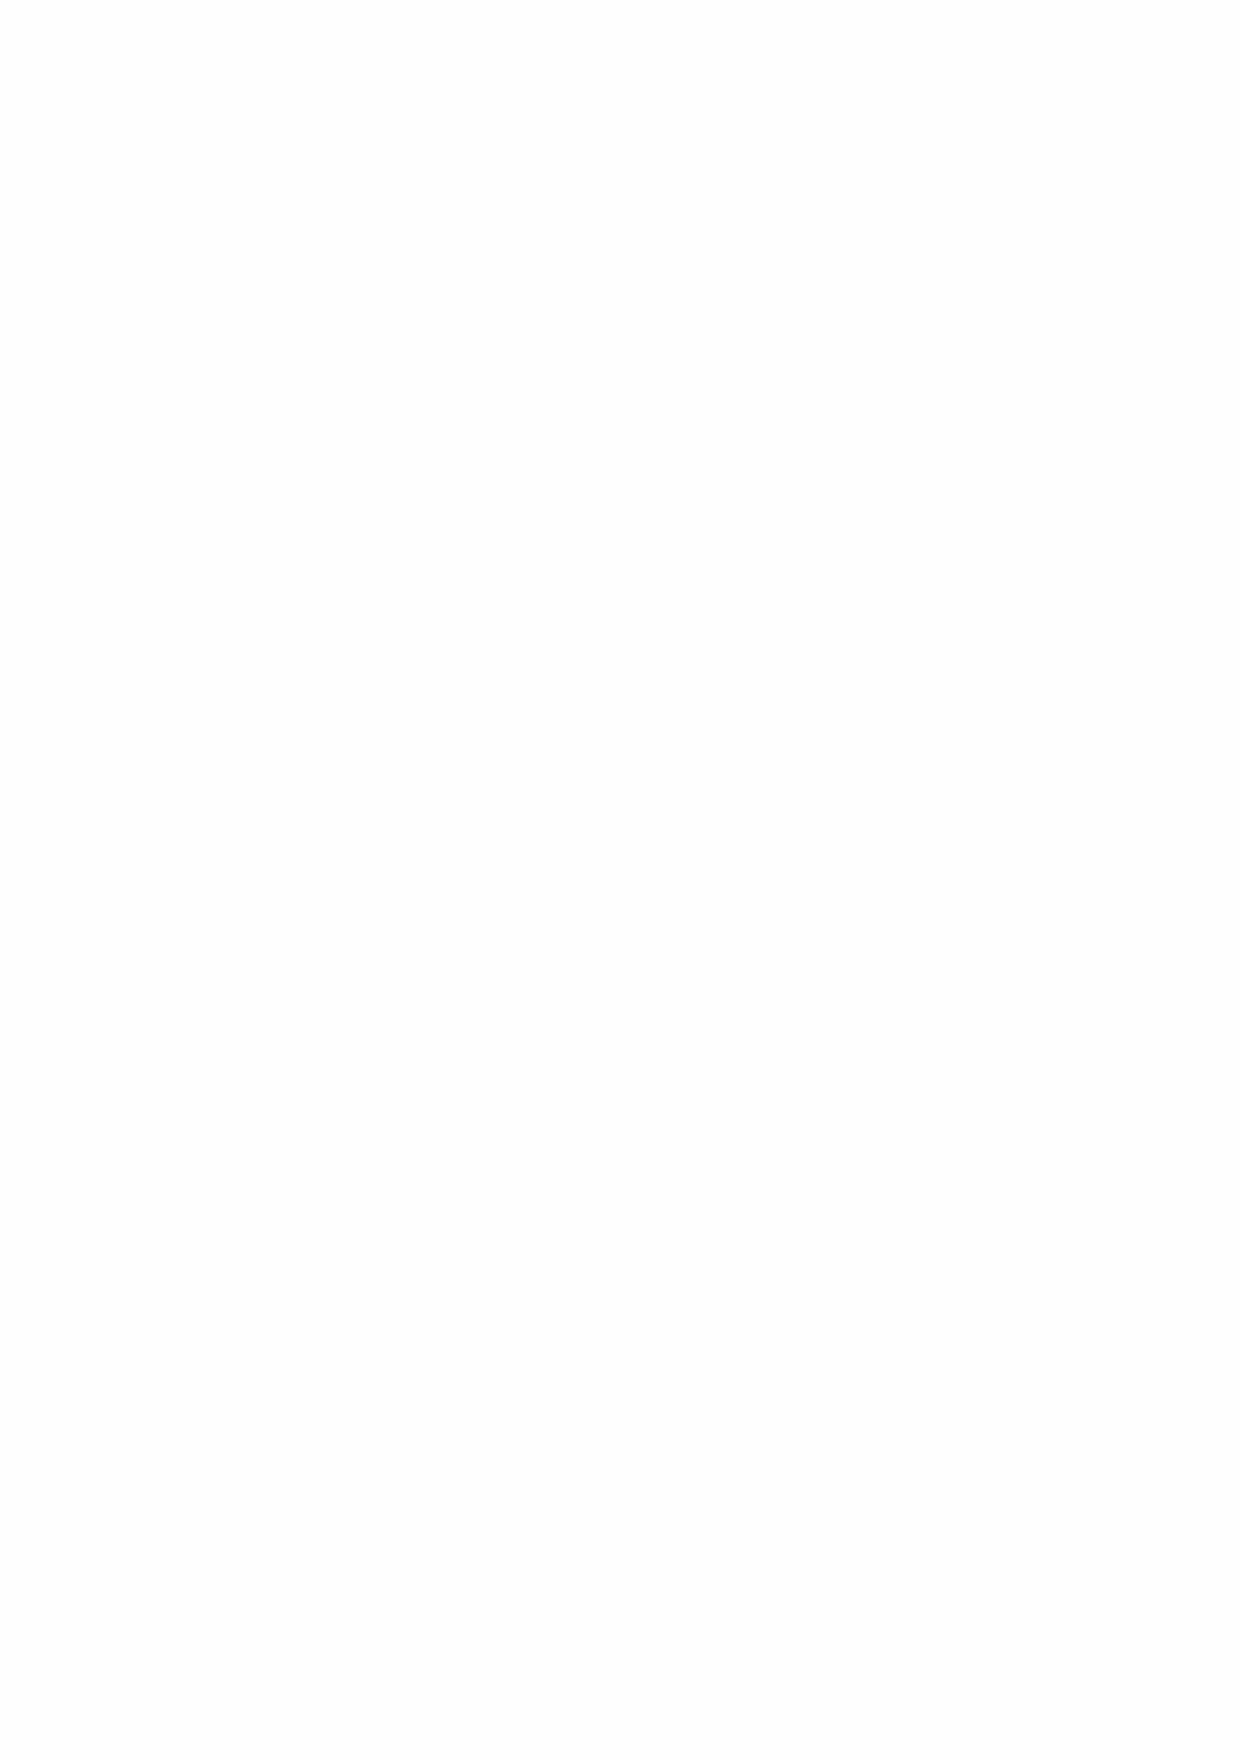
At 31 August 2020 the scheme membership comprised:
 31.8.20 31.8.19 31.8.18 31.8.17 31.8.16 31.3.15
 Active Members           0    15    29    36    47    101
 Deferred Members       129   129   134    134   138    95
 Pensioners             270   256   259    256   243   237
 Total                  399   400   422    426   428   433
 An approximate valuation was carried out as at 31 August 2020 by First Actuarial plc, allowing for
 service accrued by active members and benefits paid out to members during the year. A provision
 is included in the balance sheet. The last full actuarial valuation of the liability was carried out as
 at 31 August 2019 by First Actuarial plc.
 The major assumptions made by the actuary are as follows and have regard to the yields available
 on corporate bonds for assessing the potential investment return and the relative yields on fixed
 and inflation linked bonds for assessing inflation. The adoption of different assumptions would
 result in a different set of calculations and a different liability.
 2020         2019
 Discount rate                           1.5%         1.6%
 Rate of increase in inflation (CPI)     2.6%         2.4%
 Rate of increase in salaries            0.0%         2.4%
 Rate of increase of pensions in payment 2.6%         2.4%
 Rate of increase for deferred pensioners 2.6%        2.4%
 S2PMA/S2PFA S3PMA/S3PFA
 CMI Middle Model CMI Model 1.25%
 Mortality before and after retirement 1.25% 2019 2018
 This resulted in an actuarial loss because of the assumed discount rate for future payments being
 lowered and the assumed rate of pension increases being raised in line with an increased CPI.
 The pension costs of the defined benefit pension scheme for non-teaching staff are shown below.
 2020     2019
 £m       £m
 Balance at 1 September 2019                       31.6     26.9
 Increase in provision                              0.1      4.7
 Balance at 31 August 2020                         31.7     31.6
 2020     2019
 Analysis of the amounts that have been charged to the SOFA £m £m
 Amount that has been charged to operating expenditure - Current service cost - (0.1)
 Amount that has been debited to other financial costs - Interest on liabilities (0.5) (0.7)
 Analysis of the amount that has been recognised in the SOFA as actuarial (loss)/gain
 Actuarial loss recognised in SOFA                  (0.9)   (4.9)
 53